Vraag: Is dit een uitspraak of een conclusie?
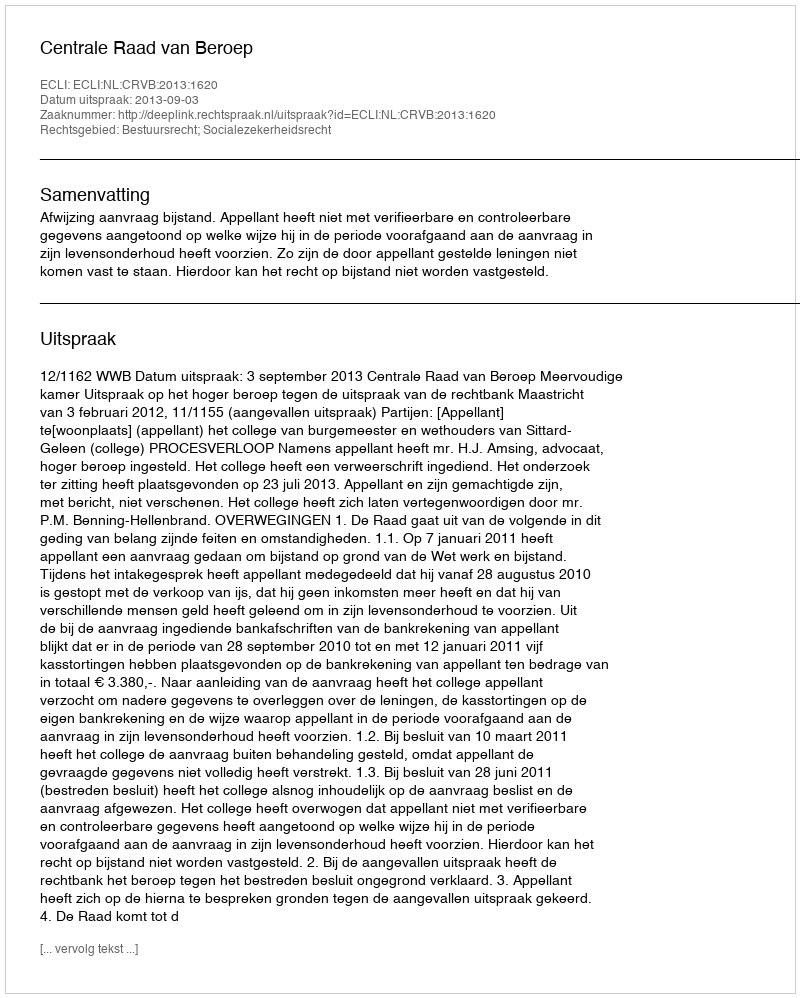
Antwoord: Uitspraak